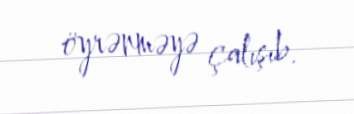
öyrənməyə çalışıb.